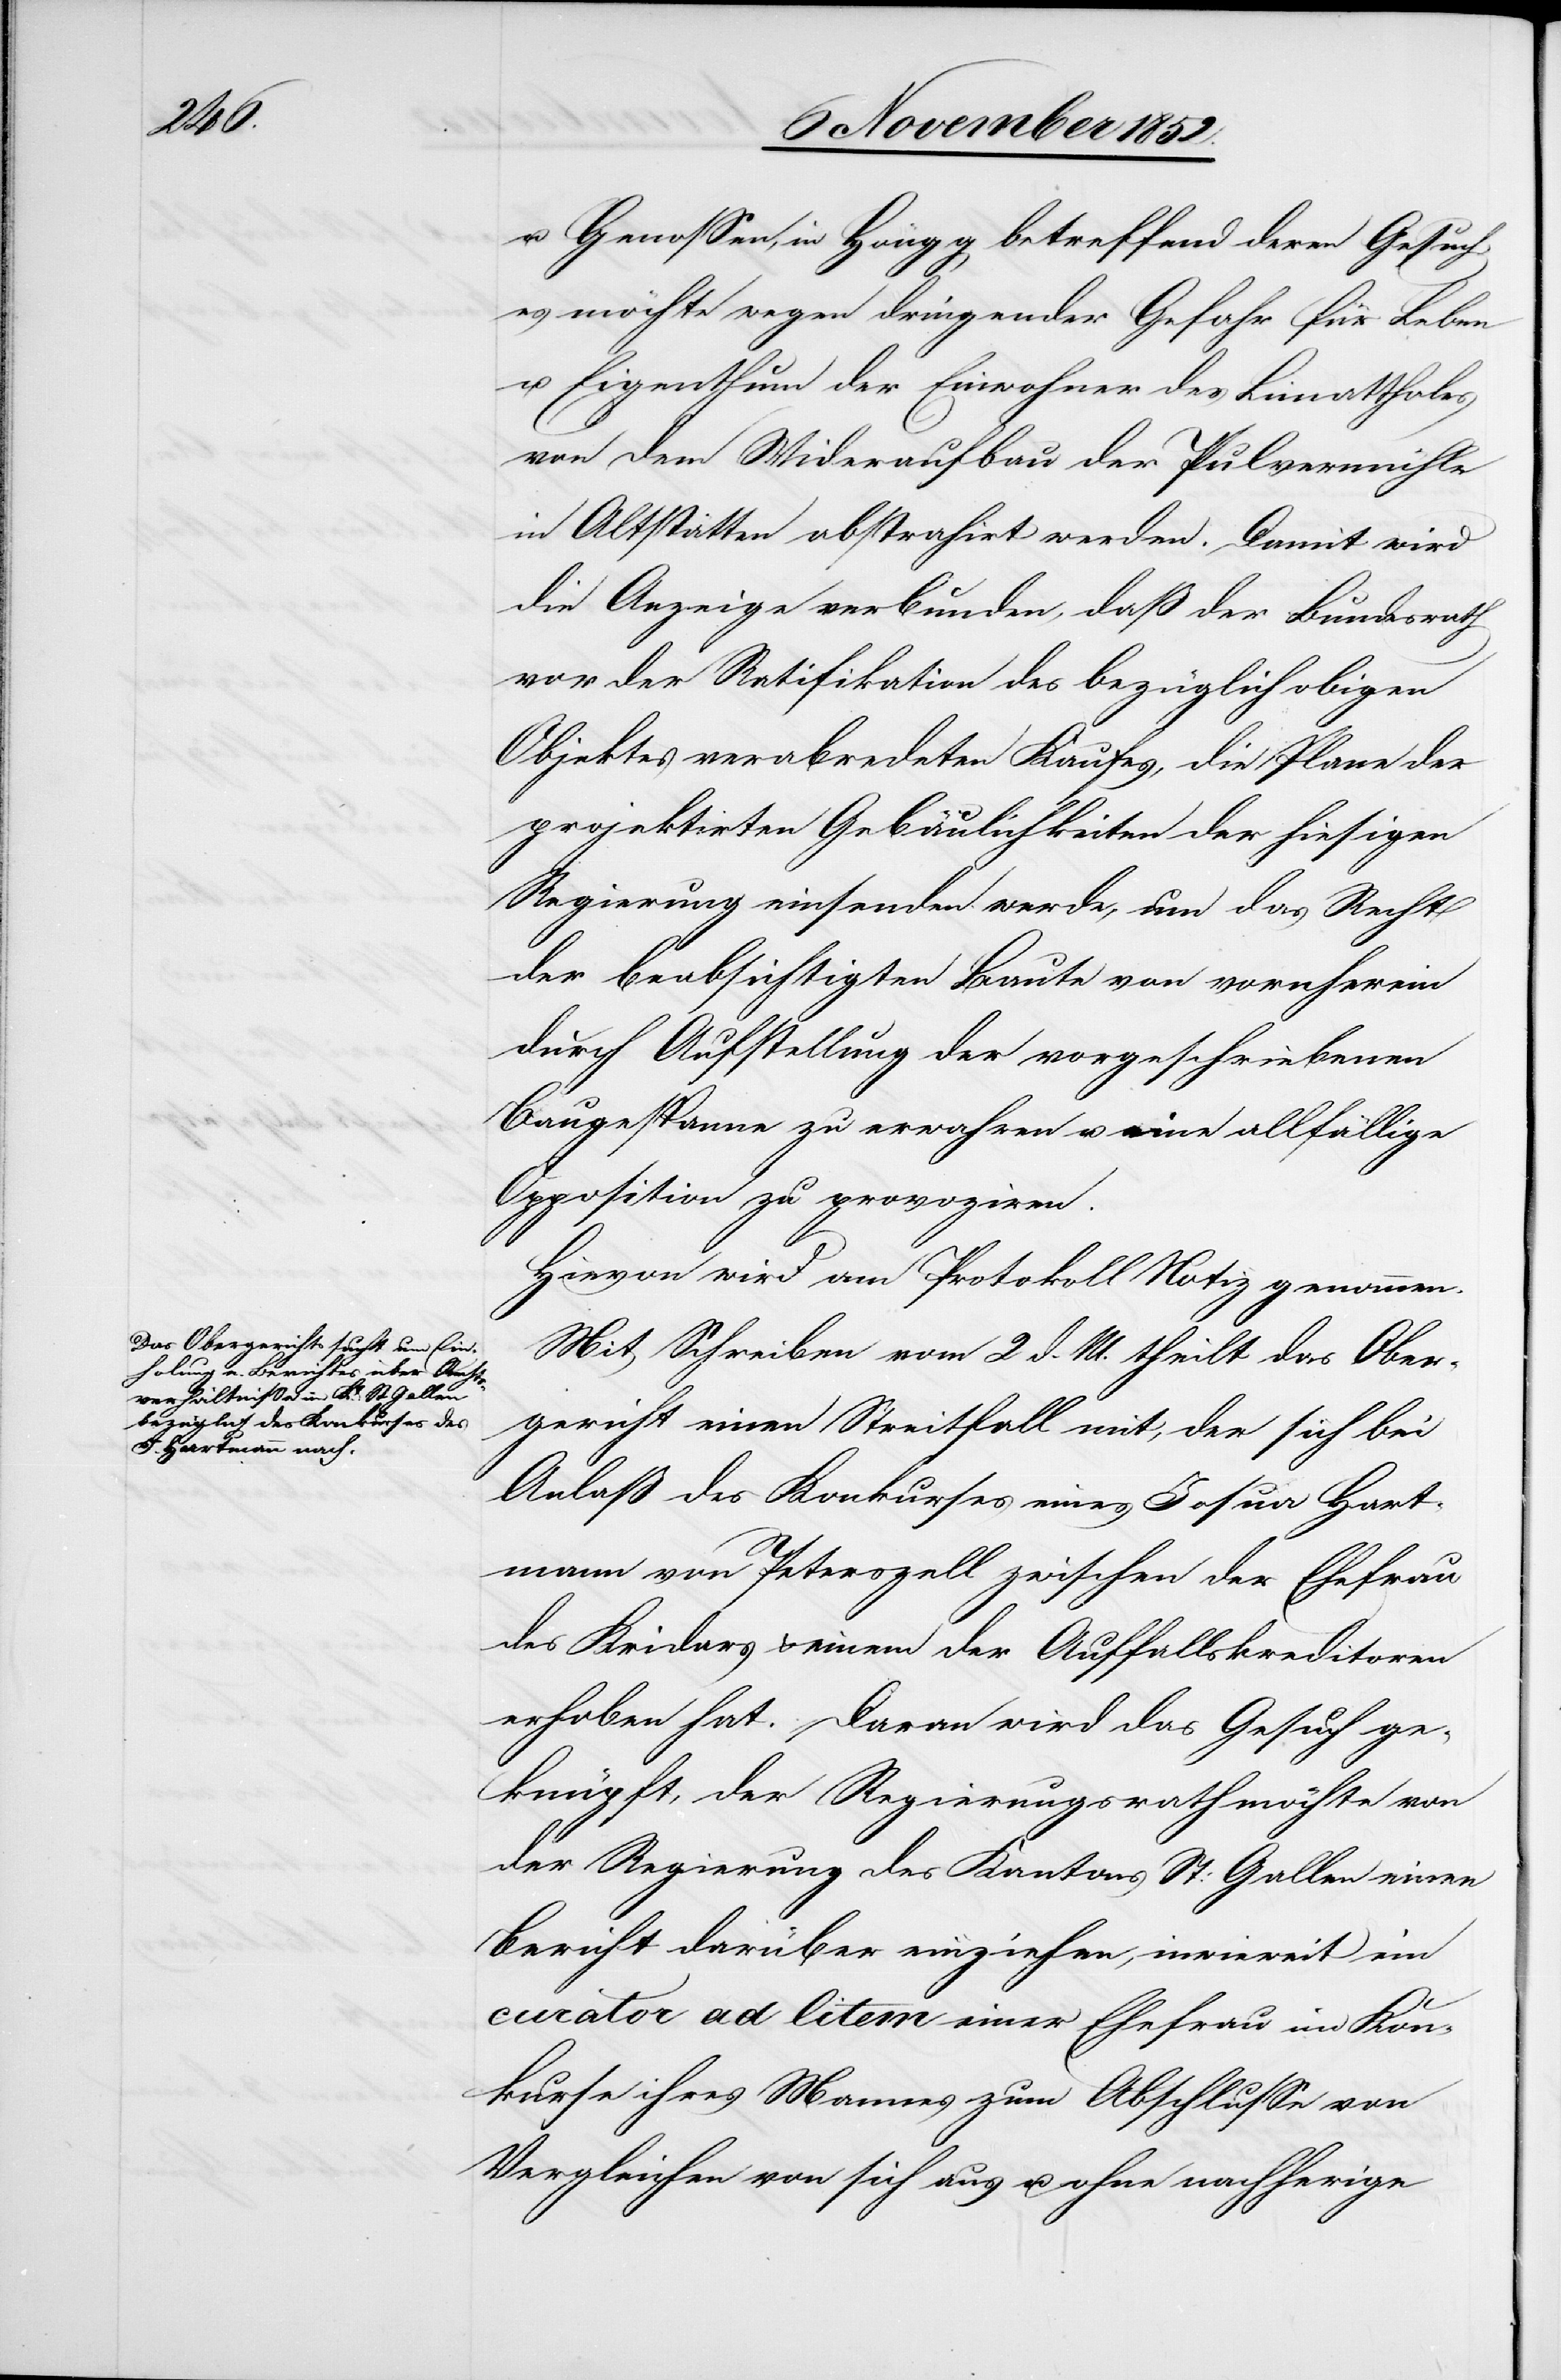
u. Genossen, in Höngg betreffend deren Gesuch,
es möchte wegen dringender Gefahr für Leben
u. Eigenthum der Einwohner des Lim[m]atthales
von dem Wideraufbau der Pulvermühle
in Altstätten abstrahirt werden. Damit wird
die Anzeige verbunden, daß der Bundesrath
vor der Ratifikation des bezüglich obigen
Objektes verabredeten Kaufes, die Plane der
projektirten Gebäulichkeiten der hiesigen
Regierung einsenden werde, um das Recht
der beabsichtigten Baute von vornherein
durch Aufstellung der vorgeschriebenen
Baugespanne zu erwahren u. eine allfällige
Opposition zu provoziren.
Hievon wird am Protokoll Notiz genommen.
Mit Schreiben vom 2 d. M. theilt das Ober¬
gericht einen Streitfall mit, der sich bei
Anlaß des Konkurses eines Josua Hart¬
mann von Peterszell zwischen der Ehefrau
des Kridars & einem der Auffallskreditoren
erhoben hat. Daran wird das Gesuch ge¬
knüpft, der Regierungsrath möchte von
der Regierung des Kantons St: Gallen einen
Bericht darüber einziehen, inwieweit ein
curator ad litem einer Ehefrau im Kon¬
kurse ihres Mannes zum Abschlusse von
Vergleichen von sich aus u. ohne nachherige